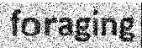
foraging